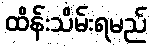
ထိန်းသိမ်းရမည်